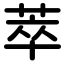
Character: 萃